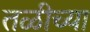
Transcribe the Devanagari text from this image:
तळीच्या